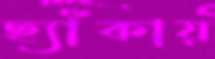
ছ্যাঁকায়